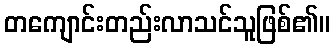
တကျောင်းတည်းလာသင်သူဖြစ်၏။